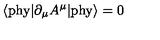
\langle \mathrm { p h y } | \partial _ { \mu } A ^ { \mu } | \mathrm { p h y } \rangle = 0